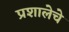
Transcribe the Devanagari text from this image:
प्रशालेचे